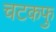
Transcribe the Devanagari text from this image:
चटकफु